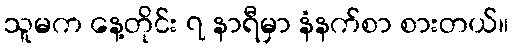
သူမက နေ့တိုင်း ၇ နာရီမှာ နံနက်စာ စားတယ်။